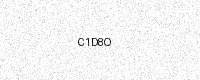
Text: C1D8O